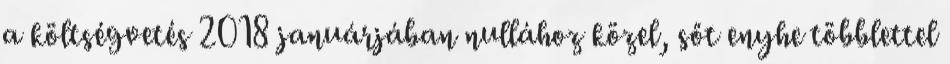
a költségvetés 2018 januárjában nullához közel, sőt enyhe többlettel